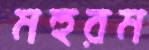
মহুরম